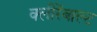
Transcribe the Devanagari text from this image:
क्लीरेंबाल्ट